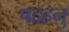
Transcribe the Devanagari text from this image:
पदहनु